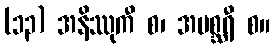
(၁၃) အနိဿုကီ စ၊ အမစ္ဆရီ စ။